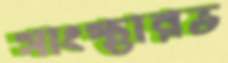
সাংস্থারভ